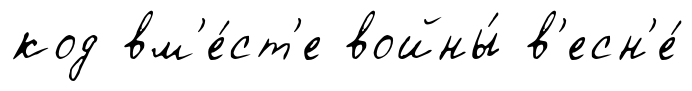
код вм'е́ст'е войны́ в'есн'е́